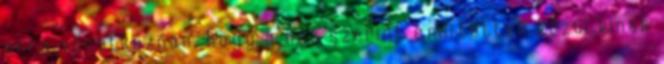
arra vonatkozóan, hogy a néz szerint említettek közül kinek